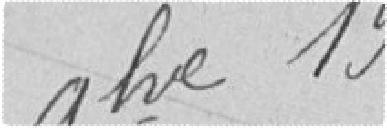
Vu pour récépissé et approuvé